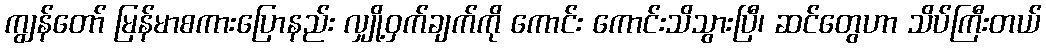
ကျွန်တော် မြန်မာစကားပြောနည်း လျှို့ဝှက်ချက်ကို ကောင်း ကောင်းသိသွားပြီ၊ ဆင်တွေဟာ သိပ်ကြီးတယ်